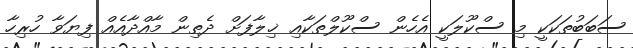
ސަބަބުތަކަކީ މި ސްކޫލަކީ އެހެން ސްކޫލްތަކާއި ޚިލާފަށް ދެތިން މާއްދާއެއް ފިޔަވާ ހުރިހާ